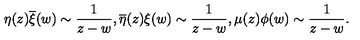
\eta ( z ) \overline { { \xi } } ( w ) \sim \frac { 1 } { z - w } , \overline { { \eta } } ( z ) { \xi } ( w ) \sim \frac { 1 } { z - w } , \mu ( z ) { \phi } ( w ) \sim \frac { 1 } { z - w } .